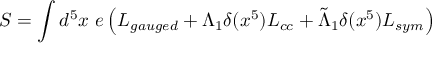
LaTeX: S = \int d ^ { 5 } x ~ e \left( { \cal L } _ { g a u g e d } + \Lambda _ { 1 } \delta ( x ^ { 5 } ) { \cal L } _ { c c } + \tilde { \Lambda } _ { 1 } \delta ( x ^ { 5 } ) { \cal L } _ { s y m } \right)